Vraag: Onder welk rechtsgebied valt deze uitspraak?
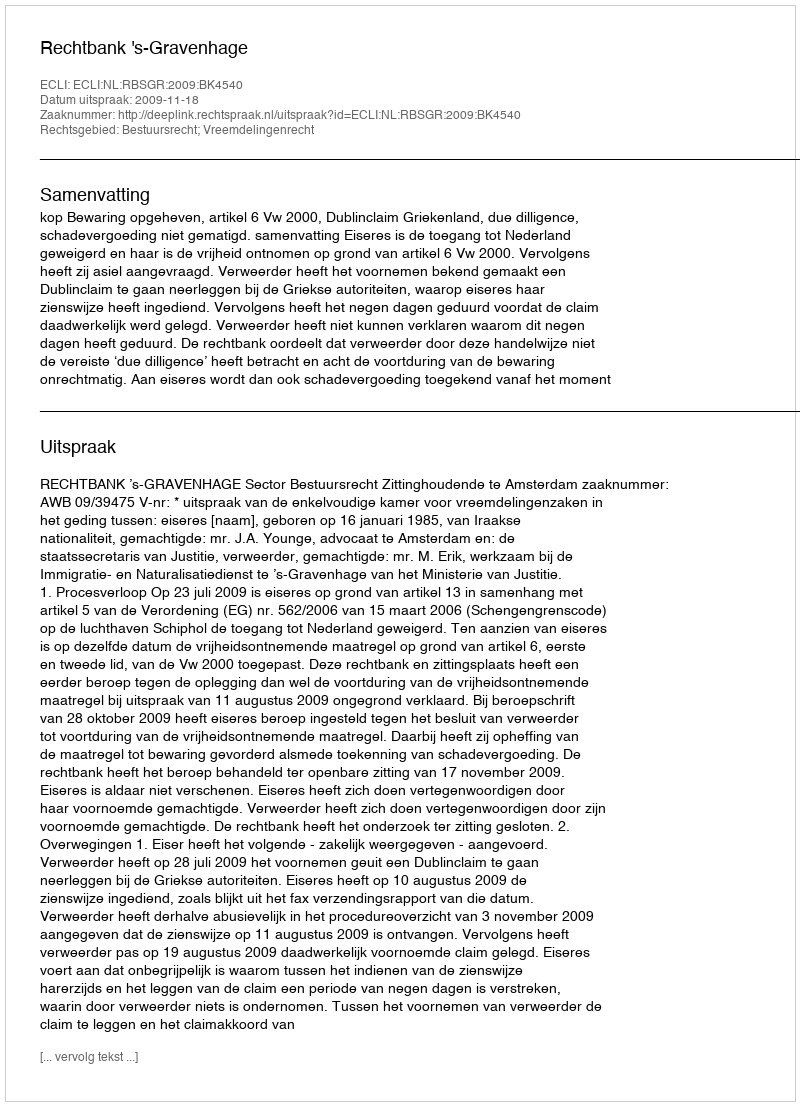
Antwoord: Bestuursrecht; Vreemdelingenrecht